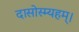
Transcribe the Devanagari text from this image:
दासोस्म्यहम्।